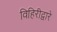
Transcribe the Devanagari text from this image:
विहिरीद्वारे